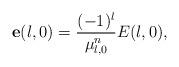
LaTeX: \begin{align*}\mathbf{e}(l,0)=\frac{(-1)^{l}}{\mu_{l,0}^{n}}E(l,0), \end{align*}